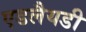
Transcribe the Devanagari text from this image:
एडलैयडी